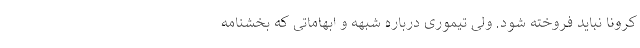
کرونا نباید فروخته شود. ولی تیموری درباره شبهه و ابهاماتی که بخشنامه